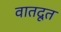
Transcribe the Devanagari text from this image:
वातदूत